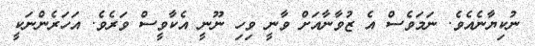
ނުކިޔާނެއެވެ. ނަމަވެސް އެ ޒުވާނާއަށް ވާނީ ވިހި ނޫނީ އެކާވީސް ވަރެވެ. އަހަރެންނަކީ